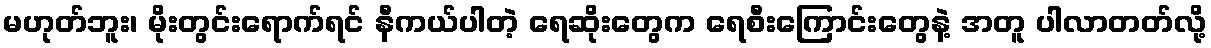
မဟုတ်ဘူး၊ မိုးတွင်းရောက်ရင် နီကယ်ပါတဲ့ ရေဆိုးတွေက ရေစီးကြောင်းတွေနဲ့ အတူ ပါလာတတ်လို့